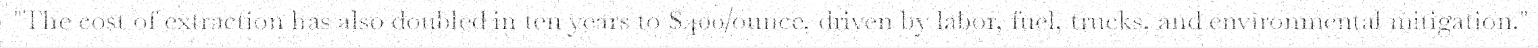
"The cost of extraction has also doubled in ten years to $400/ounce, driven by labor, fuel, trucks, and environmental mitigation."